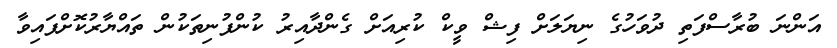
އަންނަ ބުރާސްފަތި ދުވަހުގެ ނިޔަލަށް ފިޝް ވީކް ކުރިއަށް ގެންދާއިރު ކުންފުނިތަކުން ތައްޔާރުކޮށްފައިވާ